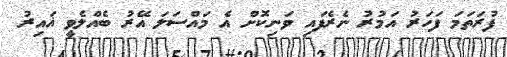
ފުރަތަމަ ފަހަރު އަމުރު ނެރެފައި ވަނިކޮށް އެ މައްސަލަ އޭރު ބެއްލެވީ ޣައިރު